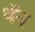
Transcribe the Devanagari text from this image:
थॅन